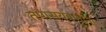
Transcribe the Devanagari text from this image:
तपासयंत्रणांना